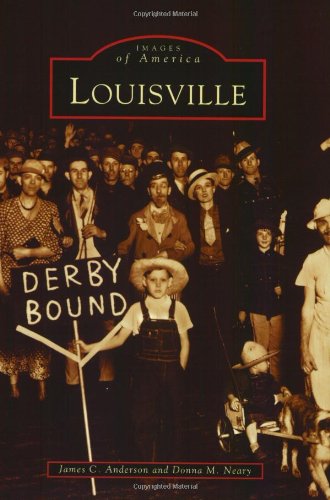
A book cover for Louisville   (KY)  (Images  of  America); James C. Anderson; Travel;